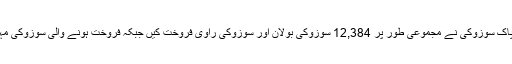
صرف دسمبر 2015 میں پاک سوزوکی نے مجموعی طور پر 12,384 سوزوکی بولان اور سوزوکی راوی فروخت کیں جبکہ فروخت ہونے والی سوزوکی مہران کی تعداد 2,870 رہی۔